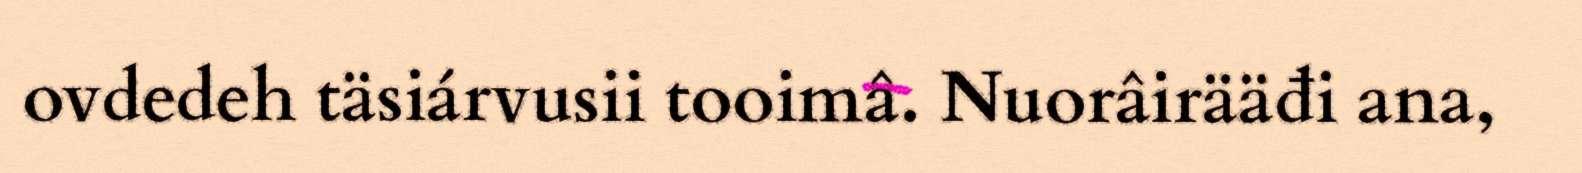
ovdedeh täsiárvusii tooimâ. Nuorâirääđi ana,